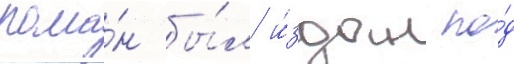
рома́н бы́л и́здан по́д